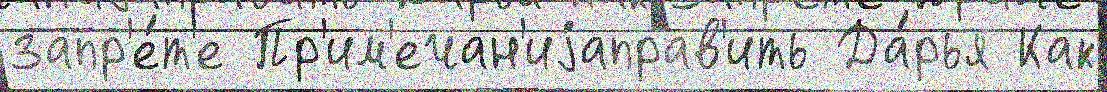
запр'е́т'е Пр'им'ечан'иjаправ'ить Да́рья Как